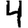
Digit: 4